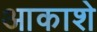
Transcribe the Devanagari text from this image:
आकाशे